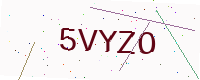
Text: 5VYZO